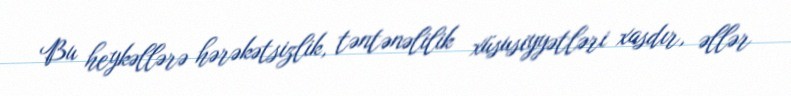
Bu heykəllərə hərəkətsizlik, təntənəlilik xüsusiyyətləri xasdır, əllər